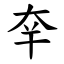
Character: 㚔